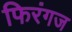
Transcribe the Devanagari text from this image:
फिरंगज